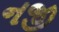
નજી